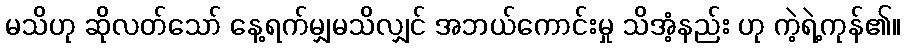
မသိဟု ဆိုလတ်သော် နေ့ရက်မျှမသိလျှင် အဘယ်ကောင်းမှု သိအံ့နည်း ဟု ကဲ့ရဲ့ကုန်၏။